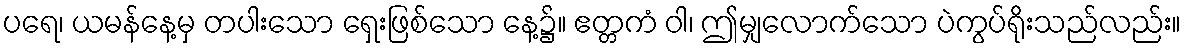
ပရေ၊ ယမန်နေ့မှ တပါးသော ရှေးဖြစ်သော နေ့၌။ ဧတ္တကံ ဝါ၊ ဤမျှလောက်သော ပဲကွပ်ရိုးသည်လည်း။